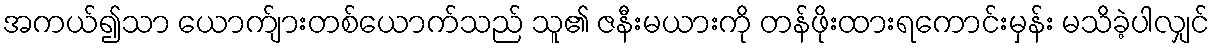
အကယ်၍သာ ယောက်ျားတစ်ယောက်သည် သူ၏ ဇနီးမယားကို တန်ဖိုးထားရကောင်းမှန်း မသိခဲ့ပါလျှင်